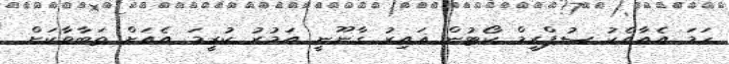
ހަމަ އެއާއެކު ސުޕްރީމް ކޯޓުން ޣައިރު ގާނޫނީ އަމުރު ކުރީމަ އެއަށް ތަބާވާކަށް